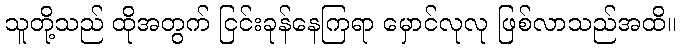
သူတို့သည် ထိုအတွက် ငြင်းခုန်နေကြရာ မှောင်လုလု ဖြစ်လာသည်အထိ။